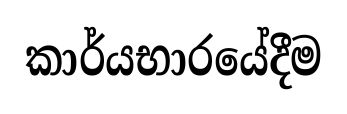
කාර්යභාරයේදීම